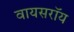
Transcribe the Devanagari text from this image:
वायसराॅय